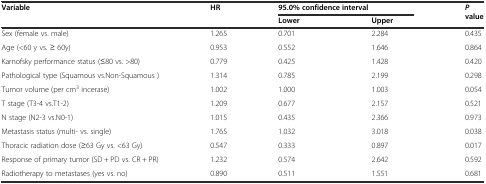
| <ROWSPAN=2> Variable | <ROWSPAN=2> HR | <COLSPAN=2> 95.0% confidence interval | <ROWSPAN=2> Pvalue |
 | Lower | Upper |
 | --- | --- | --- | --- | --- |
 | Sex (female vs. male) | 1.265 | 0.701 | 2.284 | 0.435 |
 | Age (<60 y vs. ≥ 60y) | 0.953 | 0.552 | 1.646 | 0.864 |
 | Karnofsky performance status (≤80 vs. >80) | 0.779 | 0.425 | 1.428 | 0.420 |
 | Pathological type (Squamous vs.Non-Squamous ) | 1.314 | 0.785 | 2.199 | 0.298 |
 | Tumor volume (per cm3 incerase) | 1.002 | 1.000 | 1.003 | 0.054 |
 | T stage (T3-4 vs.T1-2) | 1.209 | 0.677 | 2.157 | 0.521 |
 | N stage (N2-3 vs.N0-1) | 1.015 | 0.435 | 2.366 | 0.973 |
 | Metastasis status (multi- vs. single) | 1.765 | 1.032 | 3.018 | 0.038 |
 | Thoracic radiation dose (≥63 Gy vs. <63 Gy) | 0.547 | 0.333 | 0.897 | 0.017 |
 | Response of primary tumor (SD + PD vs. CR + PR) | 1.232 | 0.574 | 2.642 | 0.592 |
 | Radiotherapy to metastases (yes vs. no) | 0.890 | 0.511 | 1.551 | 0.681 |